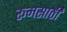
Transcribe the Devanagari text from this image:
रूमसाठी